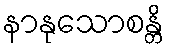
နာနုသောစန္တိ